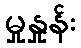
မှုနှုန်း